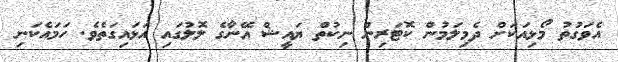
އެވަގުތު މޯޅިއަކަށް ދެމިލަމުން ކޮޓަރިން ނިކުތް ޔައީޝް އޭނާގެ ލޮލުގައި އަޅައިގަތެވެ. ހަމައެކަނި